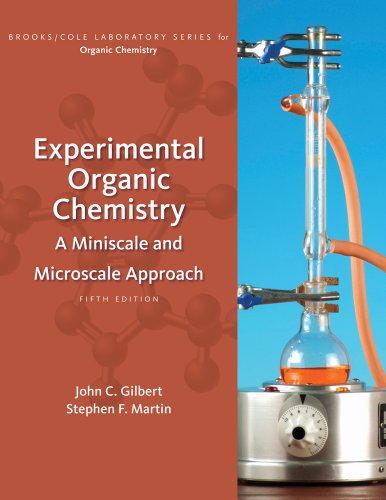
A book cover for Experimental Organic Chemistry: A Miniscale and Microscale Approach (Available Titles CourseMate); John C. Gilbert; Science & Math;